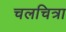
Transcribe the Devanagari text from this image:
चलचित्रा